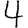
Digit: 4